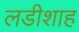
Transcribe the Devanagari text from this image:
लडीशाह